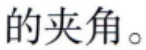
的夹角。